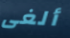
ألغى